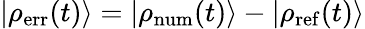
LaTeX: |\rho_{\mathrm{err}}(t)\rangle=|\rho_{\mathrm{num}}(t)\rangle-|\rho_{\mathrm{ref}}(t)\rangle